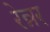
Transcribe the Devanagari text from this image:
रेन्नर